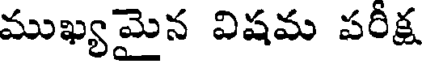
ముఖ్యమైన విషమ పరీక్ష